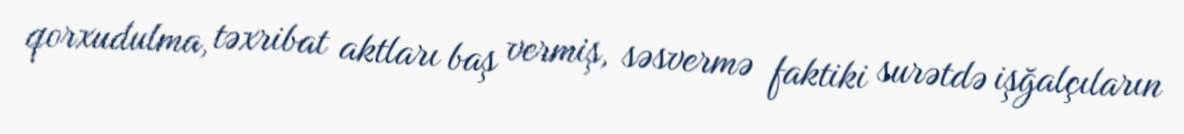
qorxudulma, təxribat aktları baş vermiş, səsvermə faktiki surətdə işğalçıların